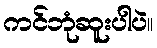
ကင်ဘုံဆူးပါပဲ။